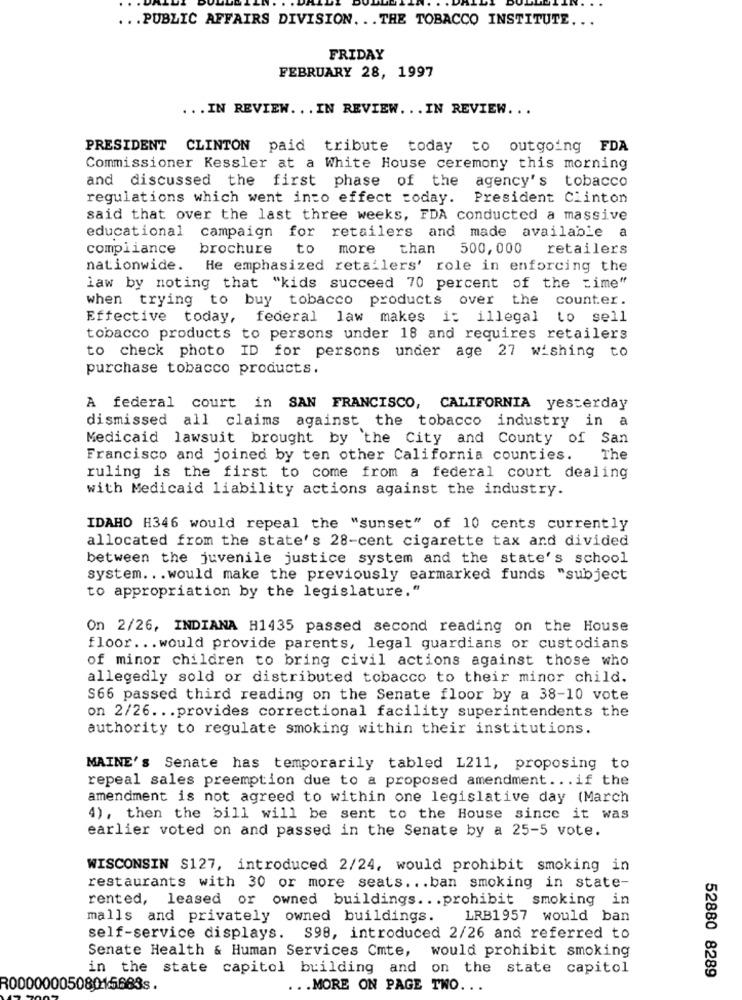
... PUBLIC AFFAIRS DIVISION. .. THE TOBACCO INSTITUTE ...
FRIDAY
FEBRUARY 28, 1997
... IN REVIEW. .. IN REVIEW. .. IN REVIEW ...
PRESIDENT CLINTON paid tribute today to outgoing FDA
Commissioner Kessler at a White House ceremony this morning
and discussed the first phase of the agency's tobacco
regulations which went into effect today. President Clinton
said that over the last three weeks, FDA conducted a massive
educational campaign for retailers and made available a
compliance
brochure
to more
than
500, 000 retailers
nationwide. He emphasized retailers' role in enforcing the
law by noting that "kids succeed 70 percent of the time"
when trying to buy tobacco products over the counter.
Effective today, federal law makes i: illegal to sell
tobacco products to persons under 18 and requires retailers
to check photo ID for persons under age 27 wishing to
purchase tobacco products.
A federal court in SAN FRANCISCO, CALIFORNIA yesterday
dismissed all claims against the tobacco industry in a
Medicaid lawsuit brought by the City and County of San
Francisco and joined by ten other California counties.
The
ruling is the first to come from a federal court dealing
with Medicaid liability actions against the industry.
IDAHO H346 would repeal the "sunset" of 10 cents currently
allocated from the state's 28-cent cigarette tax and divided
between the juvenile justice system and the state's school
system ... would make the previously earmarked funds "subject
to appropriation by the legislature."
On 2/26, INDIANA H1435 passed second reading on the House
floor ... would provide parents, legal guardians or custodians
of minor children to bring civil actions against those who
allegedly sold or distributed tobacco to their minor child.
S66 passed third reading on the Senate floor by a 38-10 vote
on 2/26 ... provides correctional facility superintendents the
authority to regulate smoking within their institutions.
MAINE's Senate has temporarily tabled L211, proposing to
repeal sales preemption due to a proposed amendment .. . if the
amendment is not agreed to within one legislative day (March
4), then the bill will be sent to the House since it was
earlier voted on and passed in the Senate by a 25-5 vote.
WISCONSIN $127, introduced 2/24, would prohibit smoking in
restaurants with 30 or more seats ... ban smoking in state-
rented, leased or owned buildings ... prohibit smoking in
malls and privately owned buildings.
LRB1957 would ban
self-service displays. S98, introduced 2/26 and referred to
Senate Health & Human Services Cmte, would prohibit smoking
in the state capitol building and on the state capitol
52880 8289
R0000000508015683s .
... MORE ON PAGE TWO ...